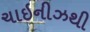
ચાઇનીઝથી